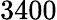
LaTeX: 3400